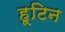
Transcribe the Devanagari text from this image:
हूटिन